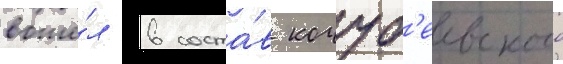
вошё́л в соста́в кочуб'еевского